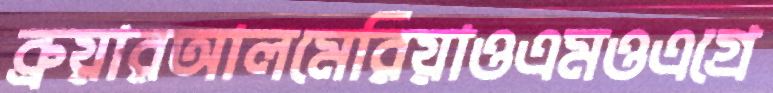
ব্রুয়ারআলমেরিয়াওএমওএগ্রে